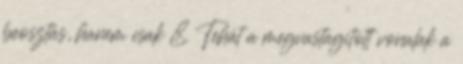
beosztás, hanem csak 8. Tehát a megvastagitott vonalak a